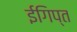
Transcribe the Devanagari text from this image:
ईगिप्त